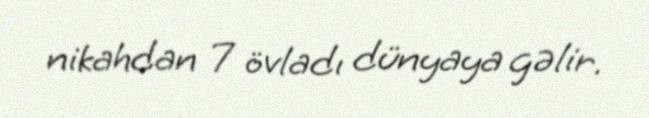
nikahdan 7 övladı dünyaya gəlir.